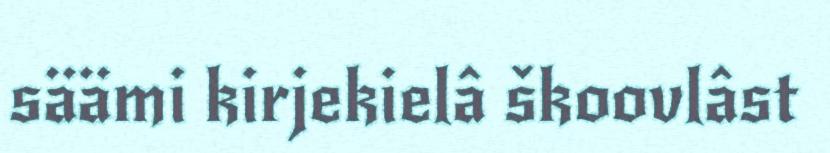
säämi kirjekielâ škoovlâst